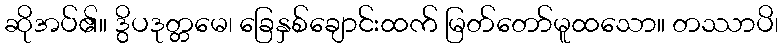
ဆိုအပ်၏။ ဒွိပဒုတ္တမေ၊ ခြေနှစ်ချောင်းထက် မြတ်တော်မူထသော။ တဿာပိ၊